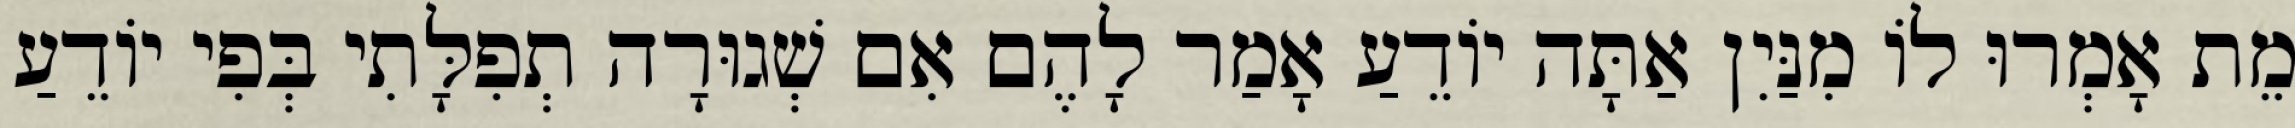
מֵת אָמְרוּ לוֹ מִנַּיִן אַתָּה יוֹדֵעַ אָמַר לָהֶם אִם שְׁגוּרָה תְפִלָּתִי בְּפִי יוֹדֵעַ